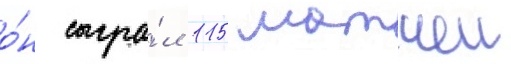
о́н сыгра́л 115 матчеи